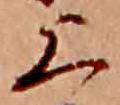
上